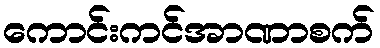
ကောင်းကင်အာဏာစက်